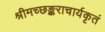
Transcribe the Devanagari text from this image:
श्रीमच्छङ्कराचार्यकृतं